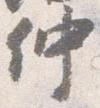
仲